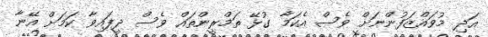
އަދި މުވައްޒަފުންނަށް ވެސް އެކަމާ ގުޅޭ ތަމްރީންތައް ވެސް ދީފައިވާ ކަމަށް އޭނާ